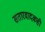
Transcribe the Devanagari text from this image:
सतारवादकही